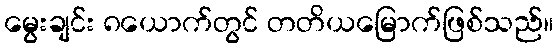
မွေးချင်း ၈ယောက်တွင် တတိယမြောက်ဖြစ်သည်။